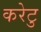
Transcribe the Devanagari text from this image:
करेटु